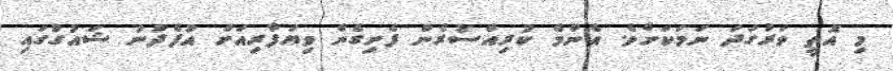
މި އޮތީ ވަރުގަދަ ނަމަކަށެވެ. އެންމެ ކުރިއްސުރެން ފެށިގެން ވިޔަފާރިއަށް އުފެދުނު ޝައުގުގައި